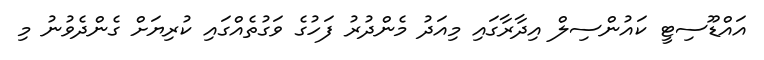
އައްޑޫސިޓީ ކައުންސިލް އިދާރާގައި މިއަދު މެންދުރު ފަހުގެ ވަގުތެއްގައި ކުރިޔަށް ގެންދެވުނު މި